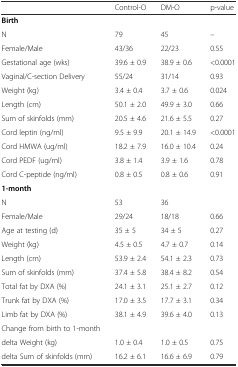
<table><thead><tr><td></td><td><b>Control-O</b></td><td><b>DM-O</b></td><td><b>p-value</b></td></tr></thead><tbody><tr><td><b>Birth</b></td><td></td><td></td><td></td></tr><tr><td>N</td><td>79</td><td>45</td><td>--</td></tr><tr><td>Female/Male</td><td>43/36</td><td>22/23</td><td>0.55</td></tr><tr><td>Gestational age (wks)</td><td>39.6 ± 0.9</td><td>38.9 ± 0.6</td><td>&lt;0.0001</td></tr><tr><td>Vaginal/C-section Delivery</td><td>55/24</td><td>31/14</td><td>0.93</td></tr><tr><td>Weight (kg)</td><td>3.4 ± 0.4</td><td>3.7 ± 0.6</td><td>0.024</td></tr><tr><td>Length (cm)</td><td>50.1 ± 2.0</td><td>49.9 ± 3.0</td><td>0.66</td></tr><tr><td>Sum of skinfolds (mm)</td><td>20.5 ± 4.6</td><td>21.6 ± 5.5</td><td>0.27</td></tr><tr><td>Cord leptin (ng/ml)</td><td>9.5 ± 9.9</td><td>20.1 ± 14.9</td><td>&lt;0.0001</td></tr><tr><td>Cord HMWA (ug/ml)</td><td>18.2 ± 7.9</td><td>16.0 ± 10.4</td><td>0.24</td></tr><tr><td>Cord PEDF (ug/ml)</td><td>3.8 ± 1.4</td><td>3.9 ± 1.6</td><td>0.78</td></tr><tr><td>Cord C-peptide (ng/ml)</td><td>0.8 ± 0.5</td><td>0.8 ± 0.6</td><td>0.91</td></tr><tr><td><b>1-month</b></td><td></td><td></td><td></td></tr><tr><td>N</td><td>53</td><td>36</td><td></td></tr><tr><td>Female/Male</td><td>29/24</td><td>18/18</td><td>0.66</td></tr><tr><td>Age at testing (d)</td><td>35 ± 5</td><td>34 ± 5</td><td>0.27</td></tr><tr><td>Weight (kg)</td><td>4.5 ± 0.5</td><td>4.7 ± 0.7</td><td>0.14</td></tr><tr><td>Length (cm)</td><td>53.9 ± 2.4</td><td>54.1 ± 2.3</td><td>0.73</td></tr><tr><td>Sum of skinfolds (mm)</td><td>37.4 ± 5.8</td><td>38.4 ± 8.2</td><td>0.54</td></tr><tr><td>Total fat by DXA (%)</td><td>24.1 ± 3.1</td><td>25.1 ± 2.7</td><td>0.12</td></tr><tr><td>Trunk fat by DXA (%)</td><td>17.0 ± 3.5</td><td>17.7 ± 3.1</td><td>0.34</td></tr><tr><td>Limb fat by DXA (%)</td><td>38.1 ± 4.9</td><td>39.6 ± 4.0</td><td>0.13</td></tr><tr><td>Change from birth to 1-month</td><td></td><td></td><td></td></tr><tr><td>delta Weight (kg)</td><td>1.0 ± 0.4</td><td>1.0 ± 0.5</td><td>0.75</td></tr><tr><td>delta Sum of skinfolds (mm)</td><td>16.2 ± 6.1</td><td>16.6 ± 6.9</td><td>0.79</td></tr></tbody></table>